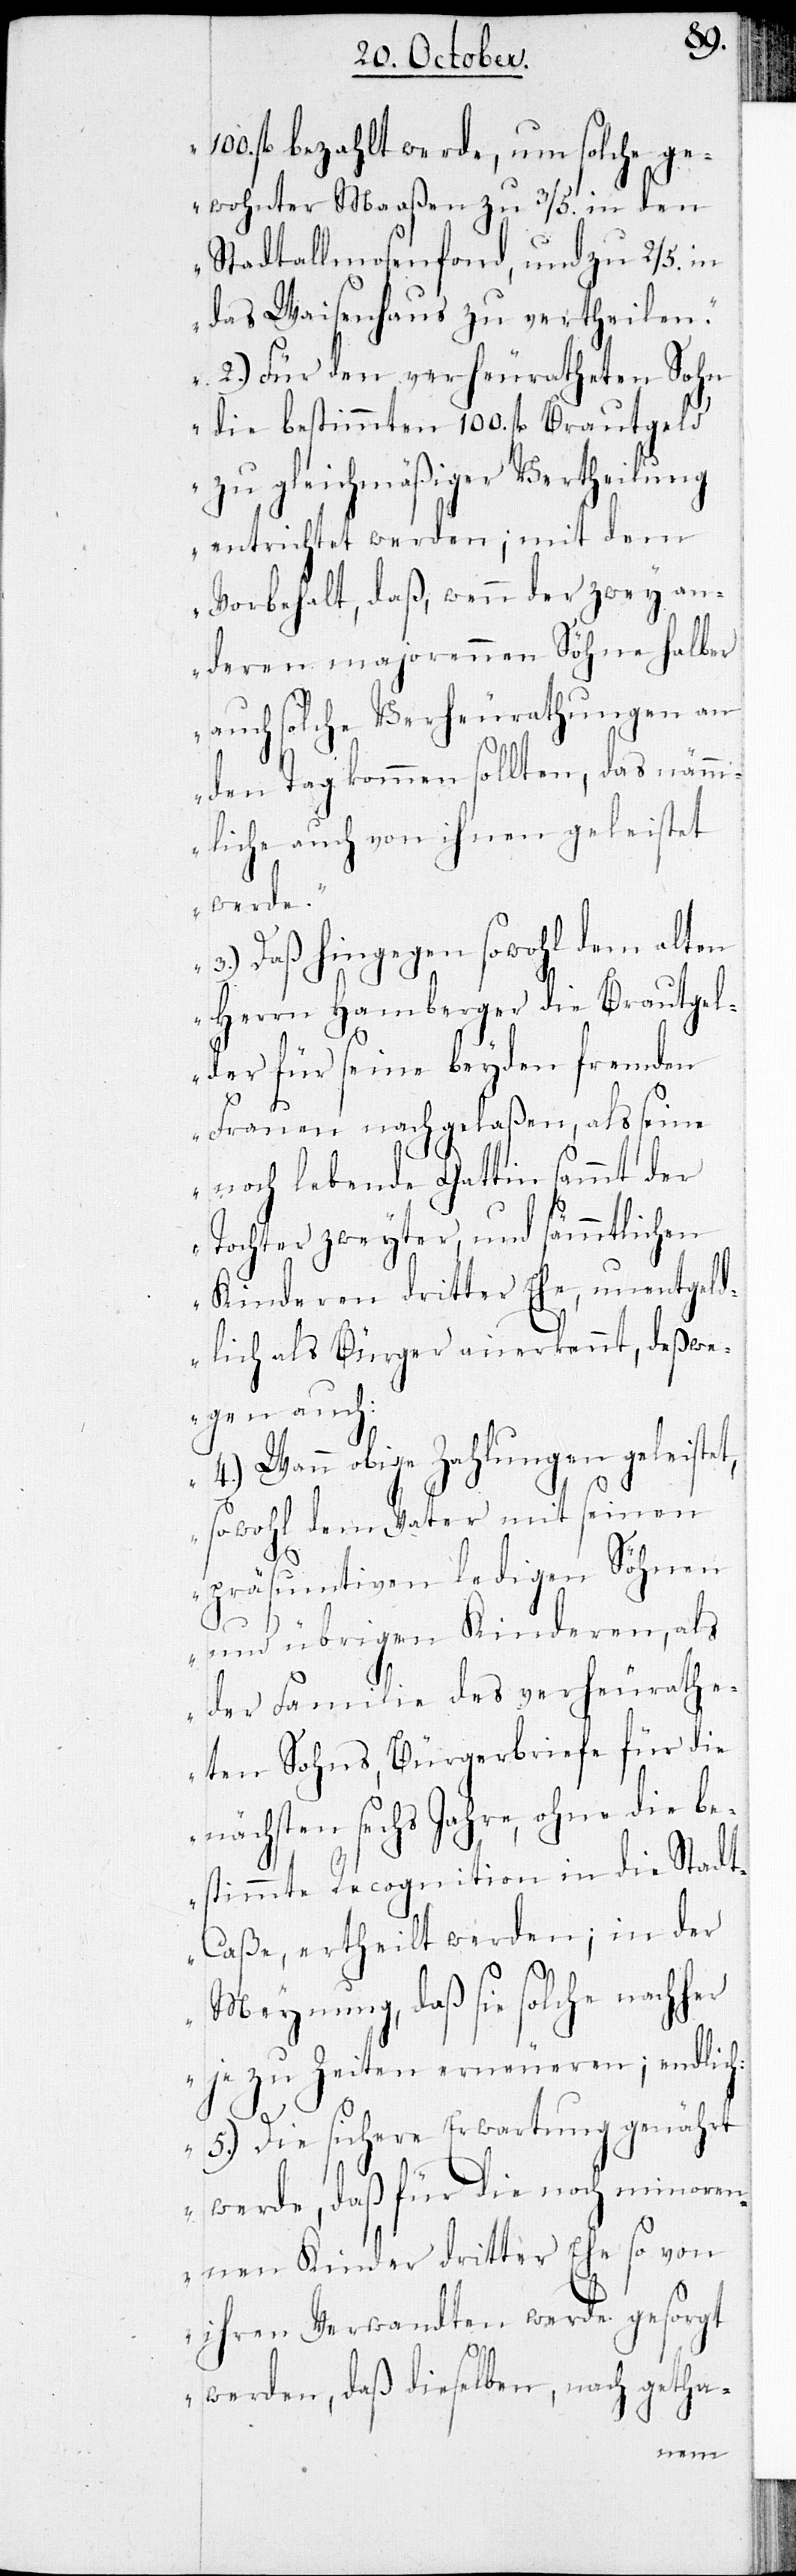
her
100 fl. bezahlt werde, um solche ge¬
wohnter Maaßen zu 3/5. in den
Stadtallmosenfond, und zu 2/5. in
das Waisenhaus zu vertheilen.
2.) Für den verheuratheten Sohn
die bestimmten 100. fl. Brautgeld
zu gleichmäßiger Vertheilung
entrichtet werden; mit dem
Vorbehalt, daß, wenn der zwey an¬
deren majorennen Söhne halber
auch solche Verheurathungen an
den Tag kommen sollten, das näm¬
mliche auch von ihnen geleistet
werde.
3.) Daß hingegen sowohl dem alten
Herrn Hamberger die Brautgel¬
der für seine beyden fremden
Frauen nachgelaßen, als seine
noch lebende Gattin sammt der
Tochter zweyter und sämmtlichen
Kinderen dritter Ehe, unentgel¬
dlich als Bürger anerkannt, deswe¬
gen auch:
4.) Wenn obige Zahlungen geleistet,
sowohl dem Vater mit seinen
präsumtiven ledigen Söhnen
und übrigen Kinderen, als
der Familie des verheurathe¬
ten Sohns Bürgerbriefe für die
nächsten sechs Jahre, ohne die be¬
stimmte Recognition in die Stadt-C¬
aße, ertheilt werden; in der
Meynung, daß sie solche nach¬
je zu Zeiten erneueren; endlich:
5.) Die sichere Erwartung genährt
werde, daß für die noch minoren¬
nen Kinder dritter Ehe so von
ihren Verwandten werde gesorgt
werden, daß dieselben, nach getha-